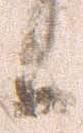
候